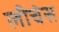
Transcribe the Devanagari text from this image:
लीचेस